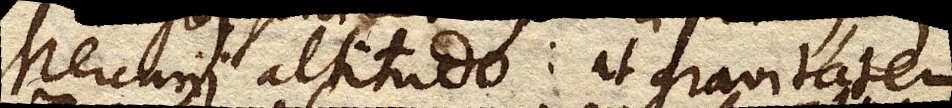
Mercurii altitudo: at gravitatem